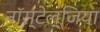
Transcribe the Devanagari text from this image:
नॉस्टेल्जिया